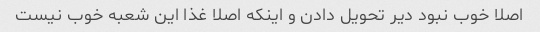
اصلا خوب نبود دیر تحویل دادن و اینکه اصلا غذا این شعبه خوب نیست